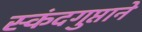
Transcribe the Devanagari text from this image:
स्कंदगुप्ताने